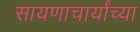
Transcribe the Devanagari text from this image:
सायणाचार्यांच्या